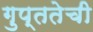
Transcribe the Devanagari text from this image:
गुप्ततेची